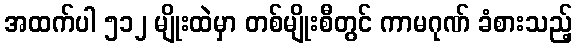
အထက်ပါ ၅၁၂ မျိုးထဲမှာ တစ်မျိုးစီတွင် ကာမဂုဏ် ခံစားသည့်